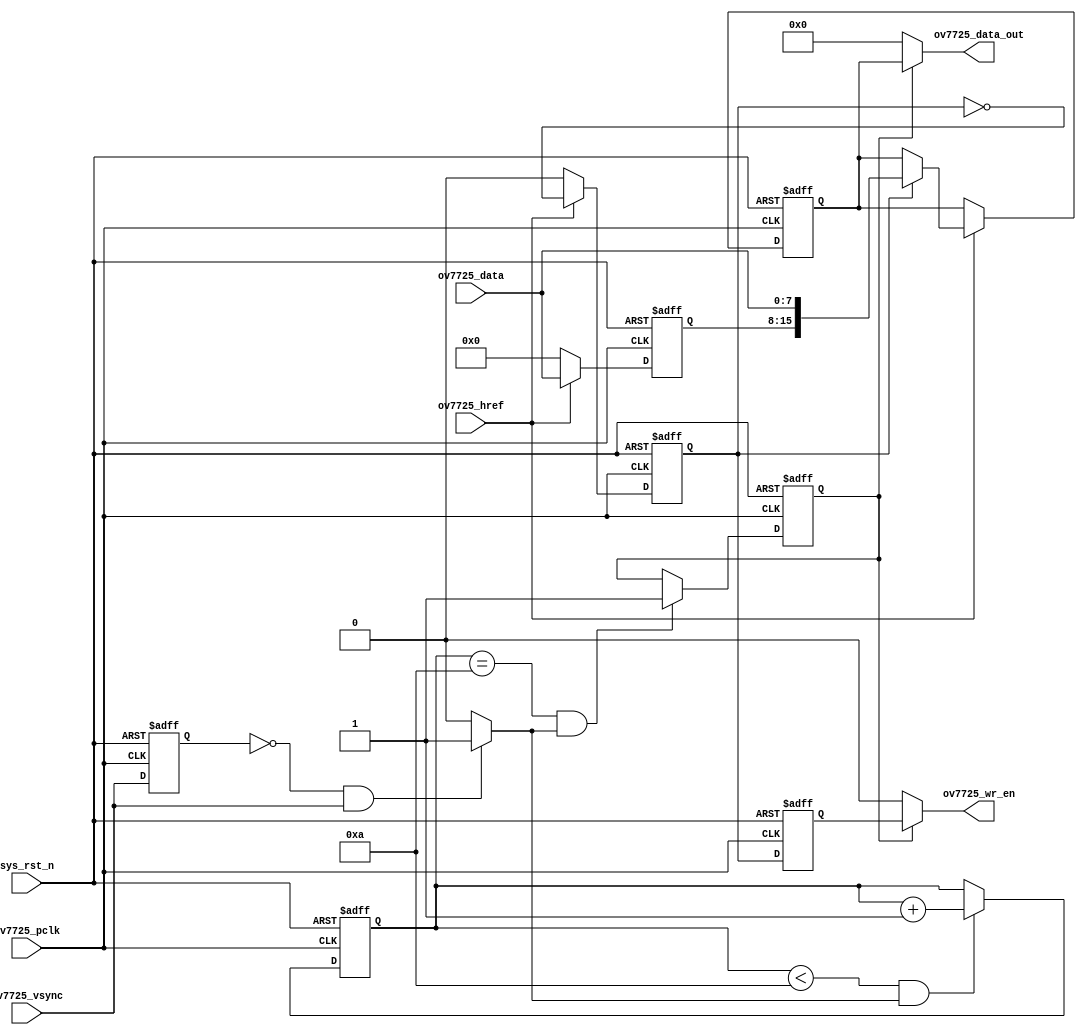
`timescale  1ns/1ns
////////////////////////////////////////////////////////////////////////
// Module Name   : ov7725_data
// Project Name  : ov7725_hdmi_640x480
// Target Devices: Altera EP4CE10F17C8N
// Tool Versions : Quartus 13.0
// Description   : OV7725
// 
// Revision      : V1.0
// Additional Comments:
// 
// : _Pro_FPGA
//     : http://www.embedfire.com
//     : http://www.firebbs.cn
//     : https://fire-stm32.taobao.com
////////////////////////////////////////////////////////////////////////

module  ov7725_data
(
    input   wire            sys_rst_n       ,   //
// OV7725
    input   wire            ov7725_pclk     ,   //
    input   wire            ov7725_href     ,   //
    input   wire            ov7725_vsync    ,   //
    input   wire    [ 7:0]  ov7725_data     ,   //
// FIFO
    output  wire            ov7725_wr_en    ,   //
    output  wire    [15:0]  ov7725_data_out     //
);

//********************************************************************//
//****************** Parameter and Internal Signal *******************//
//********************************************************************//

//parameter define
parameter   PIC_WAIT    =   4'd10;  //

//wire  define
wire            pic_flag    ;   //,,

//reg   define

reg             ov7725_vsync_dly    ;   //
reg     [3:0]   cnt_pic             ;   //
reg             pic_valid           ;   //
reg     [7:0]   pic_data_reg        ;   //8
reg     [15:0]  data_out_reg        ;   //16
reg             data_flag           ;   //8
reg             data_flag_dly1      ;   //

//********************************************************************//
//***************************** Main Code ****************************//
//********************************************************************//

//ov7725_vsync_dly:
always@(posedge ov7725_pclk or negedge sys_rst_n)
    if(sys_rst_n == 1'b0)
        ov7725_vsync_dly   <=  1'b0;
    else
        ov7725_vsync_dly   <=  ov7725_vsync;

//pic_flag:,,
assign  pic_flag = ((ov7725_vsync_dly == 1'b0)
                    && (ov7725_vsync == 1'b1)) ? 1'b1 : 1'b0;

//cnt_pic:
always@(posedge ov7725_pclk or negedge sys_rst_n)
    if(sys_rst_n == 1'b0)
        cnt_pic <=  4'd0;
    else    if((cnt_pic < PIC_WAIT) && (pic_flag == 1'b1))
        cnt_pic <=  cnt_pic + 1'b1;
    else
        cnt_pic <=  cnt_pic;

//pic_valid:
always@(posedge ov7725_pclk or negedge sys_rst_n)
    if(sys_rst_n == 1'b0)
        pic_valid   <=  1'b0;
    else    if((cnt_pic == PIC_WAIT) && (pic_flag == 1'b1))
        pic_valid   <=  1'b1;
    else
        pic_valid   <=  pic_valid;

//data_out_reg,pic_data_reg,data_flag:16,88,
always@(posedge ov7725_pclk or negedge sys_rst_n)
    if(sys_rst_n == 1'b0)
        begin
            data_out_reg    <=  16'd0;
            pic_data_reg    <=  8'd0;
            data_flag       <=  1'b0;
        end
    else    if(ov7725_href == 1'b1)
        begin
            data_flag       <=  ~data_flag;
            pic_data_reg    <=  ov7725_data;
            data_out_reg    <=  data_out_reg;
        if(data_flag == 1'b1)
            data_out_reg    <=  {pic_data_reg,ov7725_data};
        else
            data_out_reg    <=  data_out_reg;
        end
    else
        begin
            data_flag       <=  1'b0;
            pic_data_reg    <=  8'd0;
            data_out_reg    <=  data_out_reg;
        end

//data_flag_dly1:
always@(posedge ov7725_pclk or negedge sys_rst_n)
    if(sys_rst_n == 1'b0)
        data_flag_dly1  <=  1'b0;
    else
        data_flag_dly1  <=  data_flag;

//ov7725_data_out:16
assign  ov7725_data_out = (pic_valid == 1'b1) ? data_out_reg : 16'b0;

//ov7725_wr_en:16
assign  ov7725_wr_en = (pic_valid == 1'b1) ? data_flag_dly1 : 1'b0;

endmodule